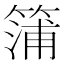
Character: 䈬